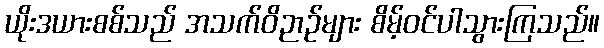
ယိုးဒယားစစ်သည် အသက်ဝိဉာဉ်များ စိမ့်ဝင်ပါသွားကြသည်။